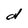
Character: d